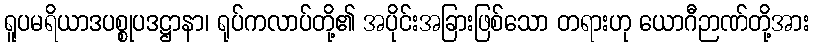
ရူပမရိယာဒပစ္စုပဒဋ္ဌာနာ၊ ရုပ်ကလာပ်တို့၏ အပိုင်းအခြားဖြစ်သော တရားဟု ယောဂီဉာဏ်တို့အား